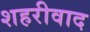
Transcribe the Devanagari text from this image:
शहरीवाद